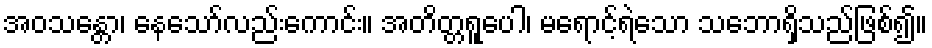
အဝသန္တော၊ နေသော်လည်းကောင်း။ အတိတ္တရူပေါ၊ မရောင့်ရဲသော သဘောရှိသည်ဖြစ်၍။